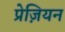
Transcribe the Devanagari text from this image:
प्रेज़ियन